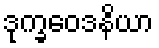
ဒုက္ခဝေဒနိယာ